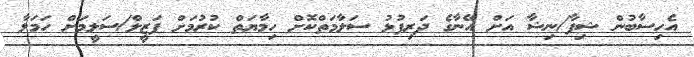
އެހިސާބުން ޝިފާ/ނިޝާ އަށް އޭނާގެ ދަރިފުޅު ސަލާމަތްކޮށް ހިމާޔަތް ކުރުމަށް ފަޒީލް/ސަލީމަށް ހަމަލާ